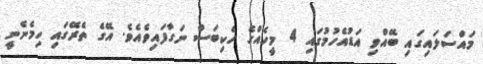
މައްސަލައިގައި ބޭއްވި އަޑުއެހުމުގައި 4 މީހެއްގެ ހެކިބަސް ނަގާފައިވެއެވެ. އޭގެ ތެރޭގައި ހިމެނެނީ